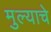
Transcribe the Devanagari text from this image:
मुल्याचे